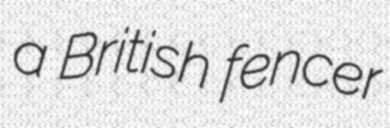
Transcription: a British fencer